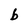
Character: b